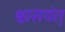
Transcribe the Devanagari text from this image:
श्वासयंत्